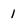
Character: 1